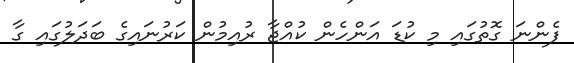
ފެންނަ ގޮތުގައި މި ކުޑަ އަންހެން ކުއްޖާ ރުއިމުން ކަރުނައިގެ ބަދަލުގައި ގާ